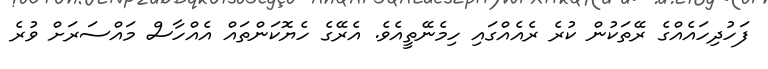
ފަހުދިހައެއްގެ ރޭތަކުން ކުރެ ރެއެއްގައި ހިމެނޭތީއެވެ. އެރޭގެ ހެޔޮކަންތައް އެއްހާސް މައްސަރަށް ވުރެ